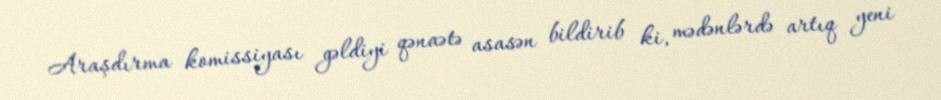
Araşdırma komissiyası gəldiyi qənaətə asasən bildirib ki, mədənlərdə artıq yeni